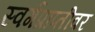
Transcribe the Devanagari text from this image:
स्वर्गप्राप्तीवर